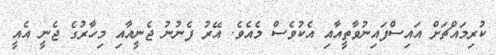
ކުރިމައްޗަށް އައިސްފައިނުވާތީއާއި އެކުވެސް މެެއެވެ. އޭރު ފެނުނު ޖެނީއާއި މިހާރުގެ ޖެނީ އެއީ